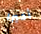
أخيرا